Indian journal of veterinary science and animal husbandry - Volumes 24-25, 1954-1955
Year: 1954
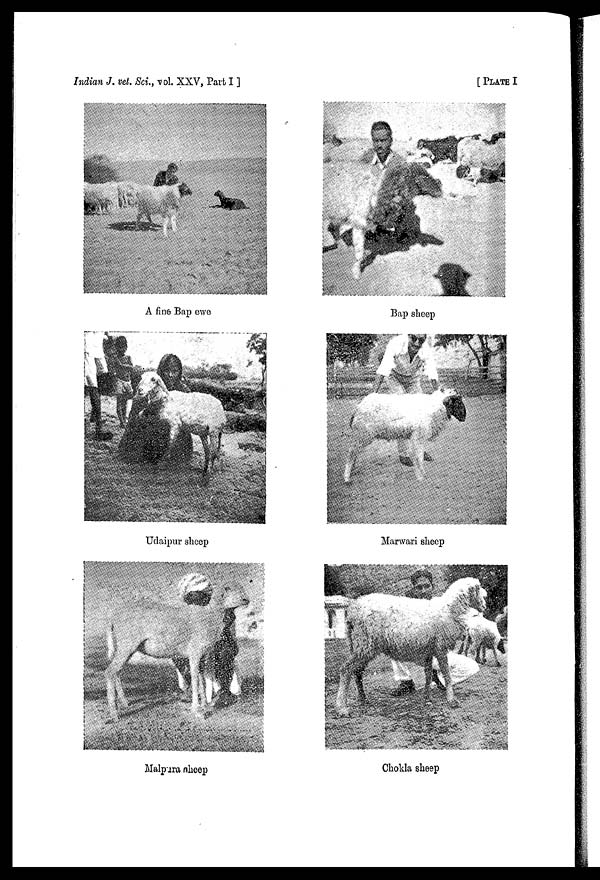
Indian J. vet. Sci., vol. XXV, Part I ]
[ PLATE I
A fine Bap ewe
Bap sheep
Udaipur sheep
Marwari sheep
Malpura sheep
Chokla sheep